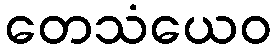
တေသံယေဝ